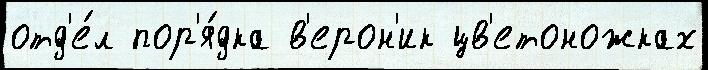
отд'е́л пор'я́дка в'ерон'ик цв'етоножках